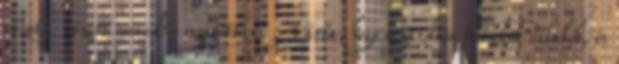
nézett-nézett meredt-izgatottan. Várta, hogy a gazdája felbukik valahol, és